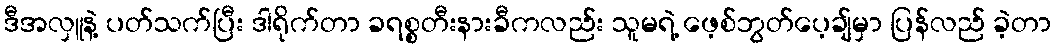
ဒီအလှူနဲ့ ပတ်သက်ပြီး ဒါရိုက်တာ ခရစ္စတီးနားခီကလည်း သူမရဲ့ ဖေ့စ်ဘွတ်ပေ့ချ်မှာ ပြန်လည် ခဲ့တာ